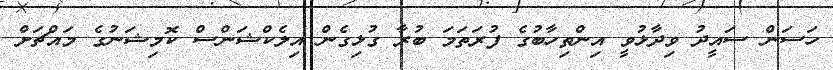
ހަސަން ސައީދު ވިދާޅުވީ އިންތިހާބުގެ ފުރަތަމަ ބުރާ ގުޅިގެން އިލެކްޝަންސް ކޮމިޝަނުގެ މައްޗަށް